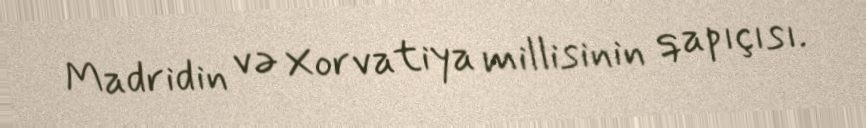
Madridin və Xorvatiya millisinin qapıçısı.